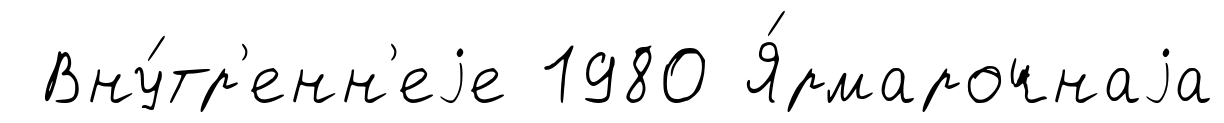
Вну́тр'енн'еjе 1980 Я́рмарочнаjа